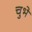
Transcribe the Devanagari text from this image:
चुभे